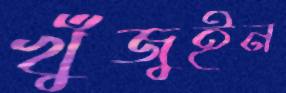
খুঁজুইন